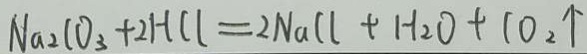
N a _ { 2 } C O _ { 3 } + 2 H C l = 2 N a C l + H _ { 2 } O + 1 0 _ { 2 } \uparrow